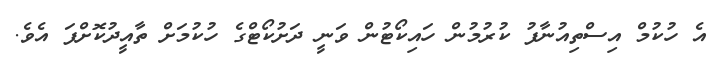
އެ ހުކުމް އިސްތިއުނާފު ކުރުމުން ހައިކޯޓުން ވަނީ ދަށުކޯޓްގެ ހުކުމަށް ތާއީދުކޮށްފަ އެވެ.